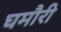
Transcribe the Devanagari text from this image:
घमौरी